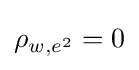
\rho _{w,e^{2}}=0